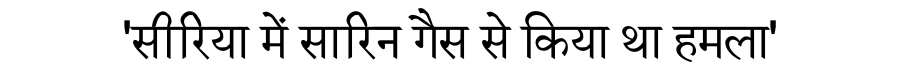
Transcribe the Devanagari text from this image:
'सीरिया में सारिन गैस से किया था हमला'